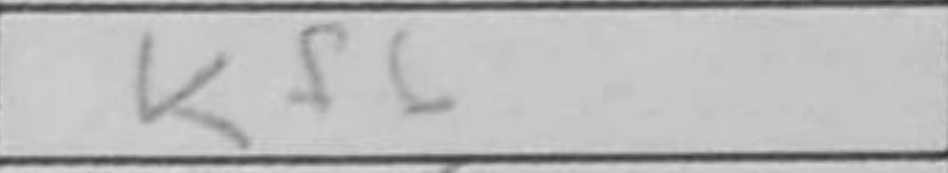
Transcription: Kf6